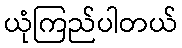
ယုံကြည်ပါတယ်